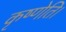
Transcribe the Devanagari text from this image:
कृष्णेति।